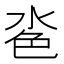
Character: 𪵼